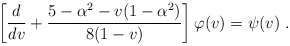
\begin{align*} \left[ \frac{d}{dv} +\frac{5-\alpha^2-v(1-\alpha^2)}{8(1-v)} \right] \varphi(v) = \psi(v)~.\end{align*}